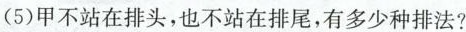
(5)甲不站在排头，也不站在排尾，有多少种排法?